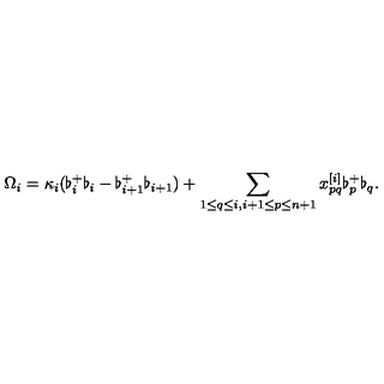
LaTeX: \Omega _ { i } = \kappa _ { i } ( \flat _ { i } ^ { + } \flat _ { i } - \flat _ { i + 1 } ^ { + } \flat _ { i + 1 } ) + \sum _ { 1 \leq q \leq i , i + 1 \leq p \leq n + 1 } x _ { p q } ^ { [ i ] } \flat _ { p } ^ { + } \flat _ { q } .